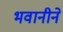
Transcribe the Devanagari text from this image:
भवानीने